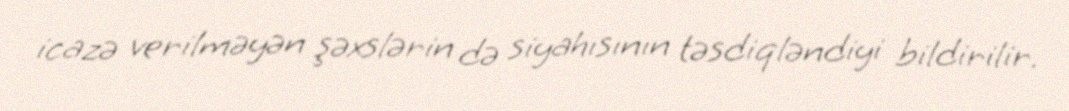
icazə verilməyən şəxslərin də siyahısının təsdiqləndiyi bildirilir.